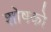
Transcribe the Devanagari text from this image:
शोषको